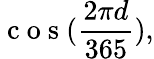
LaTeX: \mathrm{~c~o~s~}(\frac{2\pi d}{365}),